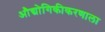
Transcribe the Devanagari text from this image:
औद्योगिकीकरणाला